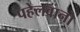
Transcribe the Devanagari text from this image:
पहेलवानो